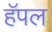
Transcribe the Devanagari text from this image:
हॅपल